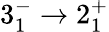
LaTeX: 3_{1}^{-}\rightarrow 2_{1}^{+}